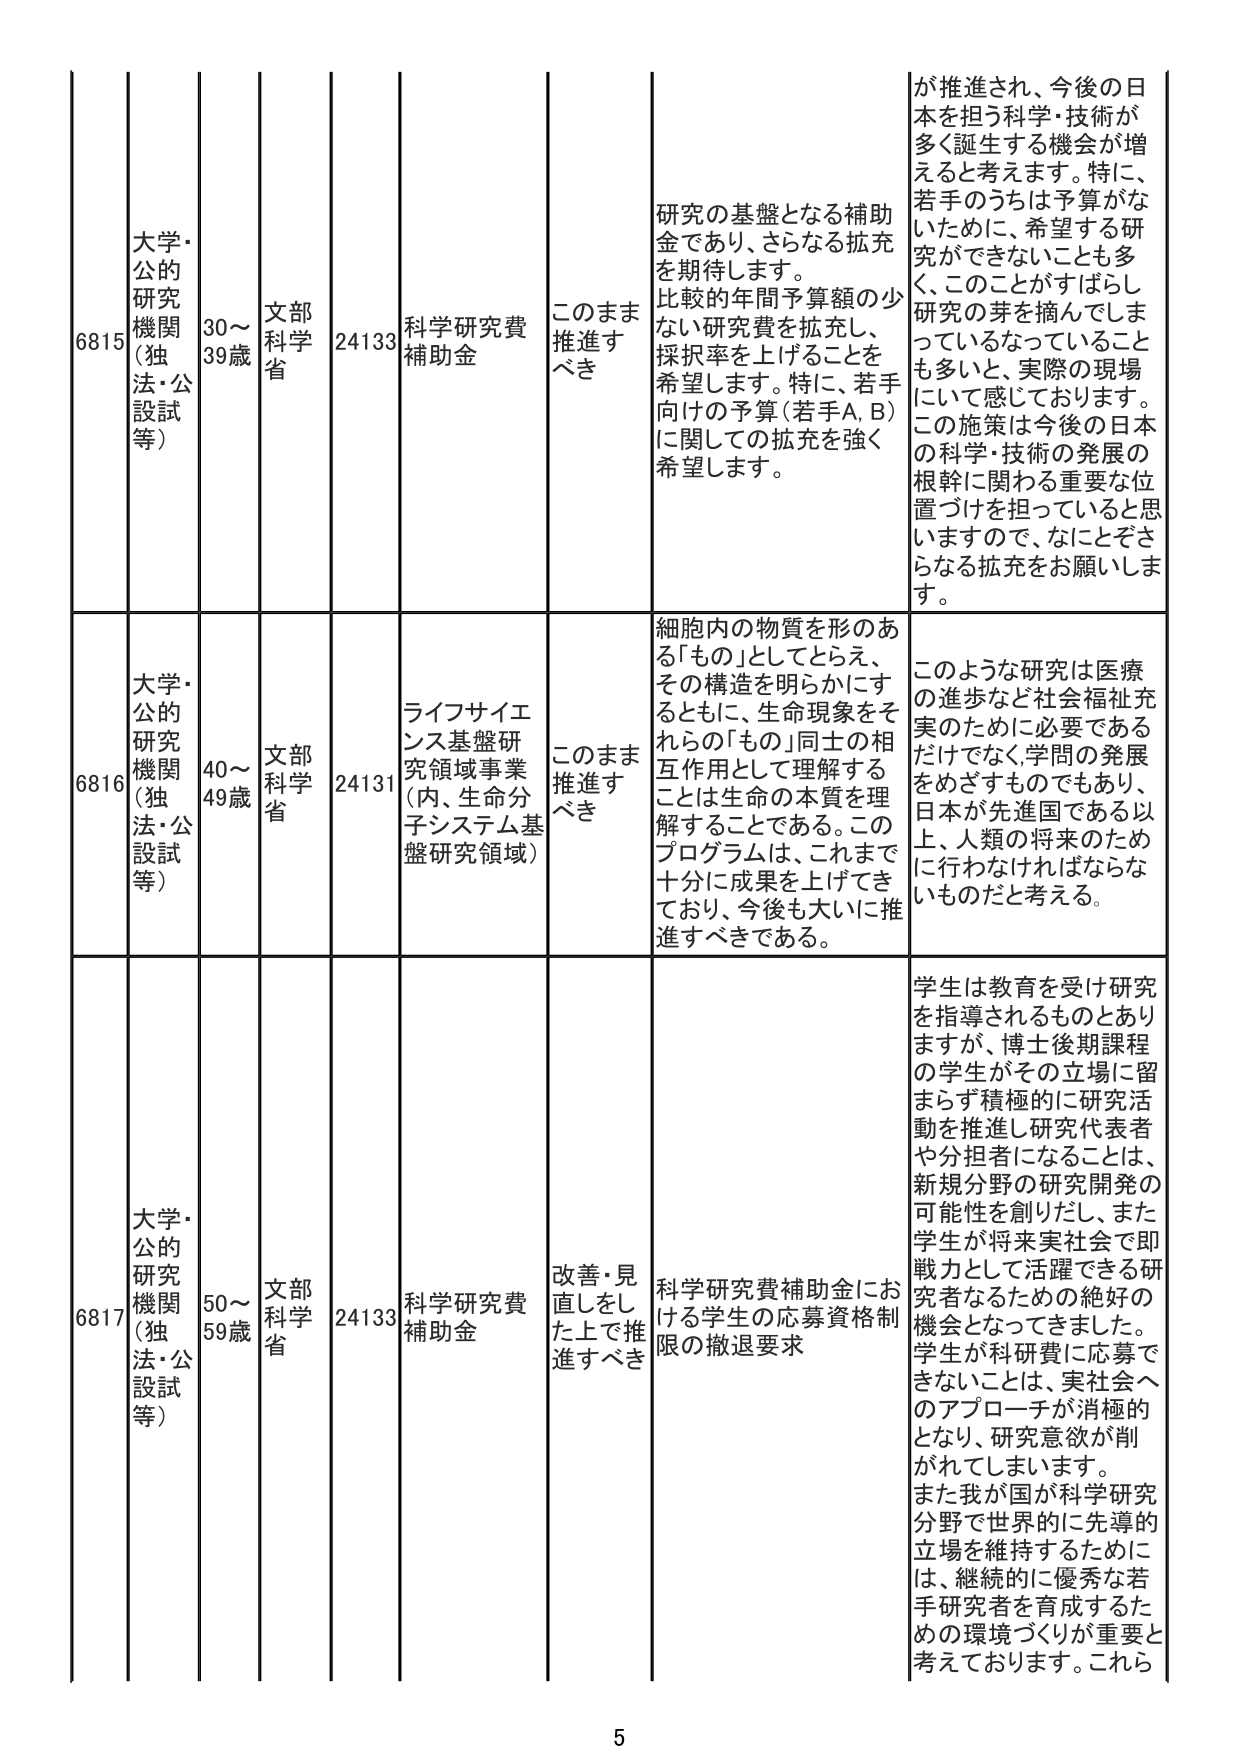
6815 大学・公的研究機関（独法・公設試等） 30～39歳 文部科学省 24133 科学研究費補助金 このまま推進すべき 研究の基盤となる補助金であり、さらなる拡充を期待します。比較的年間予算額の少ない研究費を拡充し、採択率を上げることを希望します。特に、若手向けの予算（若手A、B）に関しての拡充を強く希望します。 が推進され、今後の日本を担う科学・技術が多く誕生する機会が増えると考えます。特に、若手のうちは予算がないために、希望する研究ができないことも多く、このことがすばらし研究の芽を摘んでしまっているなっていることも多いと、実際の現場にいて感じております。この施策は今後の日本の科学・技術の発展の根幹に関わる重要な位置づけを担っていると思いますので、なにとぞさらなる拡充をお願いします。

6816 大学・公的研究機関（独法・公設試等） 40～49歳 文部科学省 24131 ライフサイエンス基盤研究領域事業（内、生命分子システム基盤研究領域） このまま推進すべき 細胞内の物質を形のある「もの」としてとらえ、その構造を明らかにするとともに、生命現象をそれらの「もの」同士の相互作用として理解することは生命の本質を理解することである。このプログラムは、これまで十分に成果を上げてきており、今後も大いに推進すべきである。 このような研究は医療の進歩など社会福祉充実のために必要であるだけでなく、学問の発展をめざすものでもあり、日本が先進国である以上、人類の将来のために行わなければならないものだと考える。

6817 大学・公的研究機関（独法・公設試等） 50～59歳 文部科学省 24133 科学研究費補助金 改善・見直しをした上で推進すべき 科学研究費補助金における学生の応募資格制限の撤退要求 学生は教育を受け研究を指導されるものとありますが、博士後期課程の学生がその立場に留まらず積極的に研究活動を推進し研究代表者や分担者になることは、新規分野の研究開発の可能性を創りだし、また学生が将来実社会で即戦力として活躍できる研究者なるための絶好の機会となってきました。学生が科研費に応募できないことは、実社会へのアプローチが消極的となり、研究意欲が削がれてしまいます。また我が国が科学研究分野で世界的に先導的立場を維持するためには、継続的に優秀な若手研究者を育成するための環境づくりが重要と考えております。これら

5